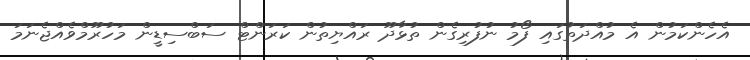
އެހެންކަމުން އެ މުއްދަތުގައި ފޯމު ނުފުރިގެން ތުޅާދޫ ރައްޔިތުން ކަރަންޓް ސަބްސިޑީން މަހުރޫމްވެއްޖެނަމަ